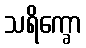
သရိက္ခော